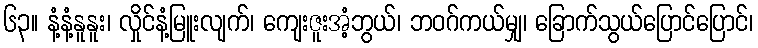
၆၃။ နံ့နံ့နူနူး၊ လှိုင်နံ့မြူးလျက်၊ ကျေးဇူးအံ့ဘွယ်၊ ဘဝဂ်ကယ်မျှ၊ ခြောက်သွယ်ပြောင်ပြောင်၊